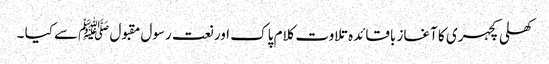
کھلی کچہری کا آغاز باقائدہ تلاوت کلام پاک اور نعت رسول مقبول ﷺسے کیا ۔